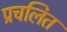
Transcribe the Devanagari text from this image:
प्रचलित